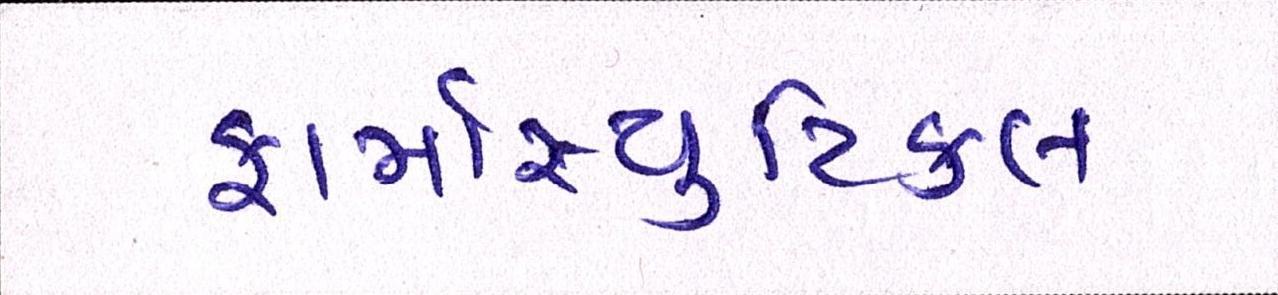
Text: ફાર્માસ્યુટિકલ